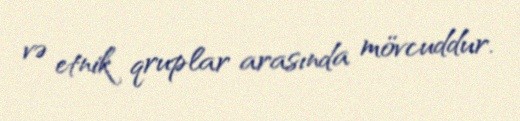
və etnik qruplar arasında mövcuddur.